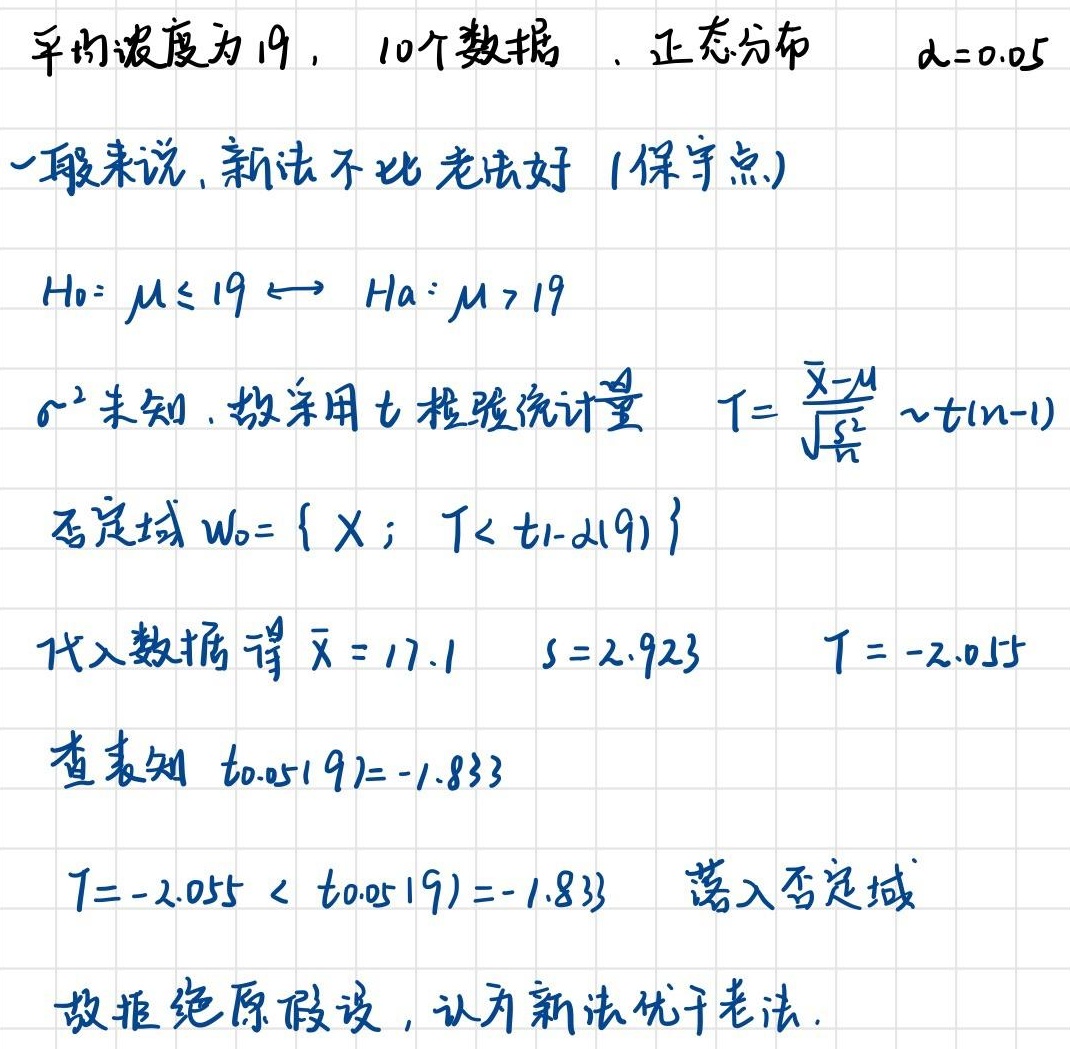
平均浓度为19，10个数据. 正态分布 $\alpha = 0.05$

一般来说，新法不比老法好 (保守点)

$H_0: \mu \leq 19 \longleftrightarrow H_a: \mu > 19$

$\sigma^2$ 未知，故采用t检验统计量 $T = \frac{\bar{X}-\mu}{\sqrt{\frac{S^2}{n}}} \sim t(n - 1)$

否定域 $W_0 = \{ X; T < t_{1 - \alpha}(9) \}$

代入数据得 $\bar{x} = 17.1$ $s = 2.923$ $T = - 2.055$

查表知 $t_{0.05}(9)= - 1.833$

$T = - 2.055 < t_{0.05}(9)= - 1.833$ 落入否定域

故拒绝原假设，认为新法优于老法.